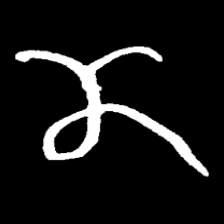
Pyu character \u2014 Myanmar letter: ဏ (romanized: nna)